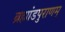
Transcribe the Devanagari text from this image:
ब्रह्मांडपुराणम्